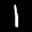
Label: 1